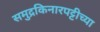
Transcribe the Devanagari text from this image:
समुद्रकिनारपट्टीच्या